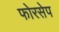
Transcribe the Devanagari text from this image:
फोरसेप